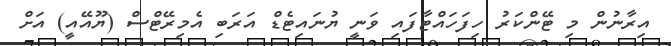
އިރާނުން މި ޓޭންކަރު ހިފަހައްޓާފައި ވަނީ ޔުނައިޓެޑް އަރަބި އެމިރޭޓްސް (ޔޫއޭއީ) އަށް